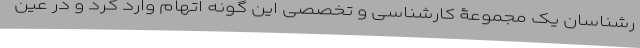
رشناسان یک مجموعۀ کارشناسی و تخصصی این گونه اتهام وارد کرد و در عین